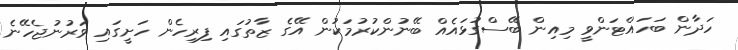
ހަދާން ބަހައްޓަންވީ މިއިން ބޭސްގުޅައެއް ބޭނުންކުރުމަކުން އޭގެ ޒާތުގައި ފިރިހެން ހަށީގައި ވަރުނުޖެހޭނެ